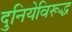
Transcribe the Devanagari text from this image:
दुनियेविरूद्ध